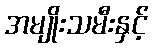
အမျိုးသမီးနှင့်